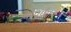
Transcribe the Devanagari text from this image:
त्यांपर्यंयत